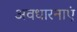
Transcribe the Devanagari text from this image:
अवधारनाएं